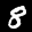
Label: 8